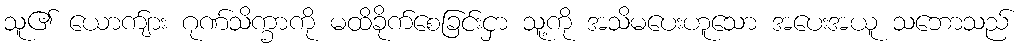
သူ၏ ယောက်ျား ဂုဏ်သိက္ခာကို မထိခိုက်စေခြင်းငှာ သူ့ကို အသိမပေးဟူသော အပေးအယူ သဘောသည်